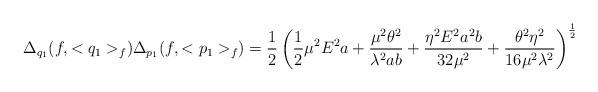
LaTeX: \begin{align*}\Delta_{q_1} (f, <q_1>_f) \Delta_{p_1} (f, <p_1>_f) = \frac{1}{2} \left( \frac{1}{2} \mu^2 E^2 a + \frac{\mu^2 \theta^2}{\lambda^2 ab} + \frac{\eta^2 E^2 a^2 b}{32 \mu^2} + \frac{\theta^2 \eta^2}{16 \mu^2 \lambda^2} \right)^{\frac{1}{2}}\end{align*}